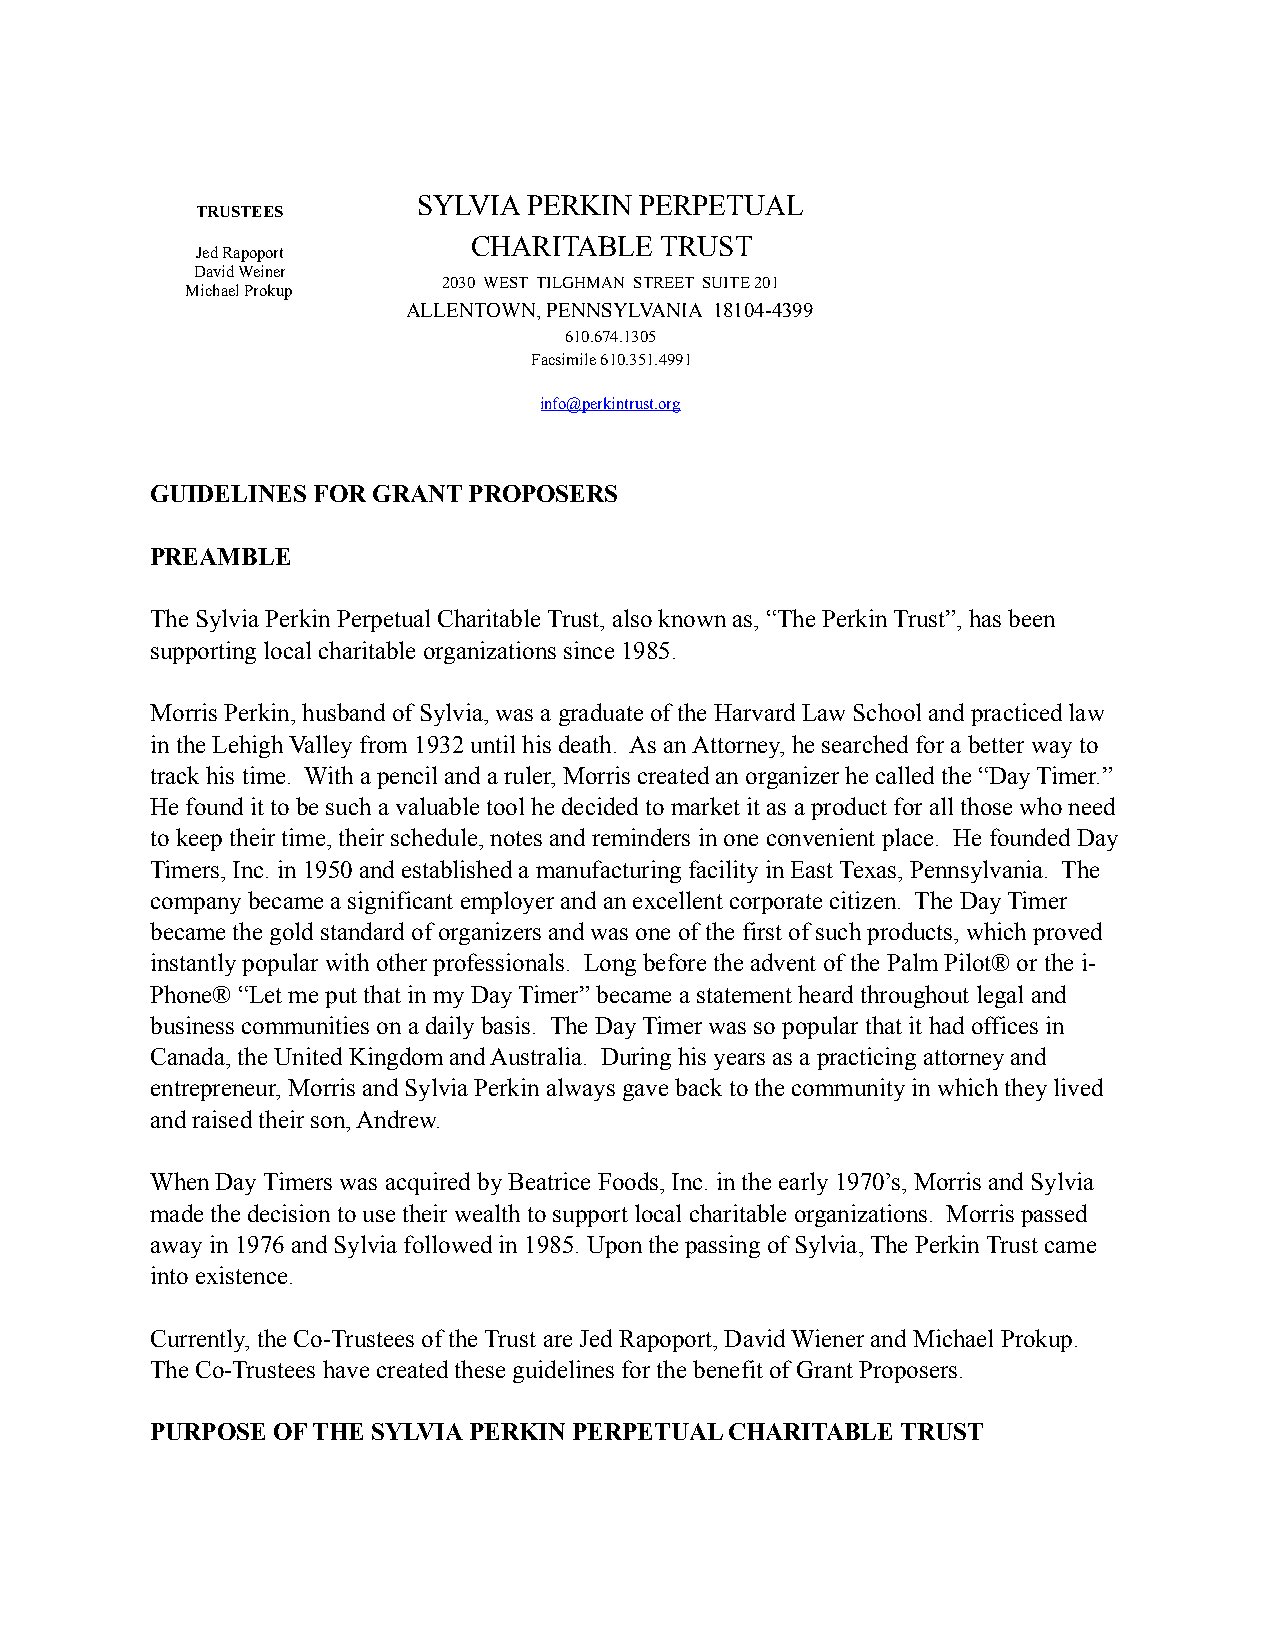
SYLVIA PERKIN PERPETUAL
 TRUSTEES
 CHARITABLE   TRUST
 Jed Rapoport
 David Weiner
 Michael Prokup
 2030 WEST TILGHMAN STREET SUITE 201
 ALLENTOWN, PENNSYLVANIA 18104-4399
 610.674.1305
 Facsimile 610.351.4991
 info@perkintrust.org
 GUIDELINES FOR GRANT PROPOSERS
 PREAMBLE
 The Sylvia Perkin Perpetual Charitable Trust, also known as, “The Perkin Trust”, has been
 supporting local charitable organizations since 1985.
 Morris Perkin, husband of Sylvia, was a graduate of the Harvard Law School and practiced law
 in the Lehigh Valley from 1932 until his death. As an Attorney, he searched for a better way to
 track his time. With a pencil and a ruler, Morris created an organizer he called the “Day Timer.”
 He found it to be such a valuable tool he decided to market it as a product for all those who need
 to keep their time, their schedule, notes and reminders in one convenient place. He founded Day
 Timers, Inc. in 1950 and established a manufacturing facility in East Texas, Pennsylvania. The
 company became a significant employer and an excellent corporate citizen. The Day Timer
 became the gold standard of organizers and was one of the first of such products, which proved
 instantly popular with other professionals. Long before the advent of the Palm Pilot® or the i-
 Phone® “Let me put that in my Day Timer” became a statement heard throughout legal and
 business communities on a daily basis. The Day Timer was so popular that it had offices in
 Canada, the United Kingdom and Australia. During his years as a practicing attorney and
 entrepreneur, Morris and Sylvia Perkin always gave back to the community in which they lived
 and raised their son, Andrew.
 When Day Timers was acquired by Beatrice Foods, Inc. in the early 1970’s, Morris and Sylvia
 made the decision to use their wealth to support local charitable organizations. Morris passed
 away in 1976 and Sylvia followed in 1985. Upon the passing of Sylvia, The Perkin Trust came
 into existence.
 Currently, the Co-Trustees of the Trust are Jed Rapoport, David Wiener and Michael Prokup.
 The Co-Trustees have created these guidelines for the benefit of Grant Proposers.
 PURPOSE OF THE SYLVIA PERKIN PERPETUAL CHARITABLE TRUST